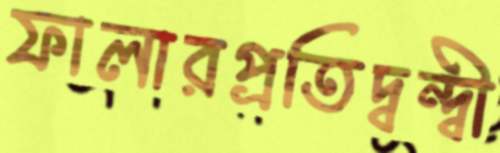
ফালারপ্রতিদ্বন্দ্বী